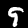
Digit: 9